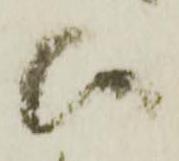
候